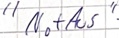
Text: "NotAus"